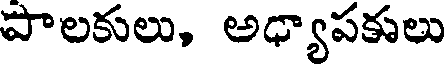
పొలకులు, అధ్యాపకులు